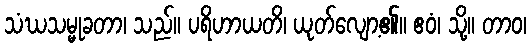
သံဃသမ္မုခတာ၊ သည်။ ပရိဟာယတိ၊ ယုတ်လျော့၏။ ဧဝံ၊ သို့။ တာဝ၊